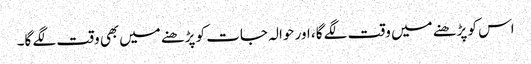
اس کو پڑھنے میں وقت لگے گا، اور حوالہ جات کو پڑھنے میں‌بھی وقت لگے گا۔